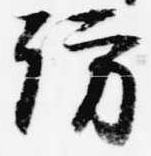
訪